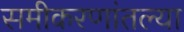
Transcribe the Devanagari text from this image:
समीकरणांतल्या